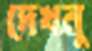
দেখনু